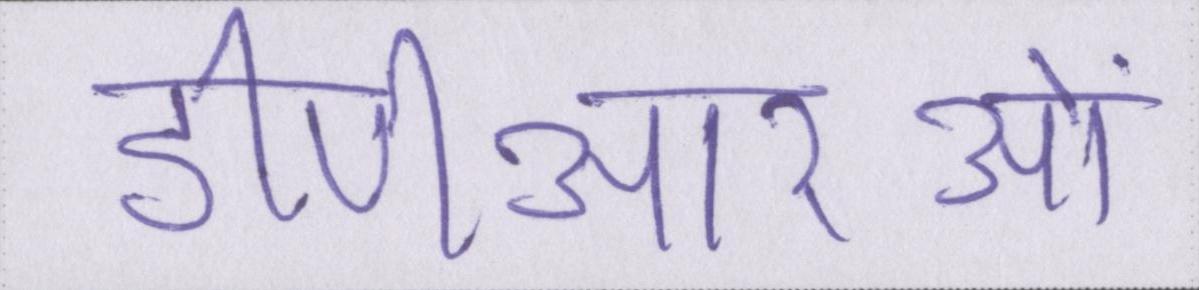
डीपीआरओं